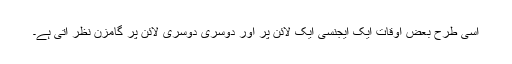
اسی طرح بعض اوقات ایک ایجنسی ایک لائن پر اور دوسری دوسری لائن پر گامزن نظر آتی ہے۔